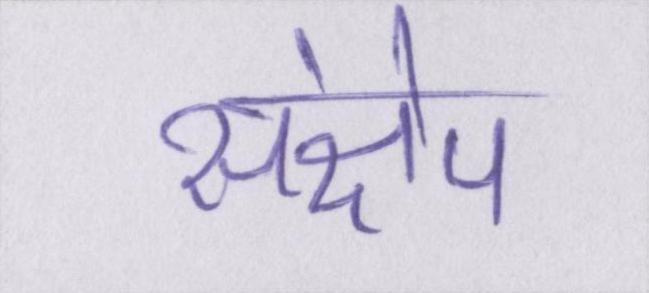
संक्षेप